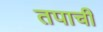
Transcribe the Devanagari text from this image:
तपाची